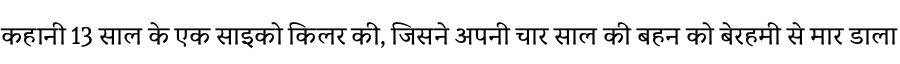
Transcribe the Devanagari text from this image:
कहानी 13 साल के एक साइको किलर की, जिसने अपनी चार साल की बहन को बेरहमी से मार डाला